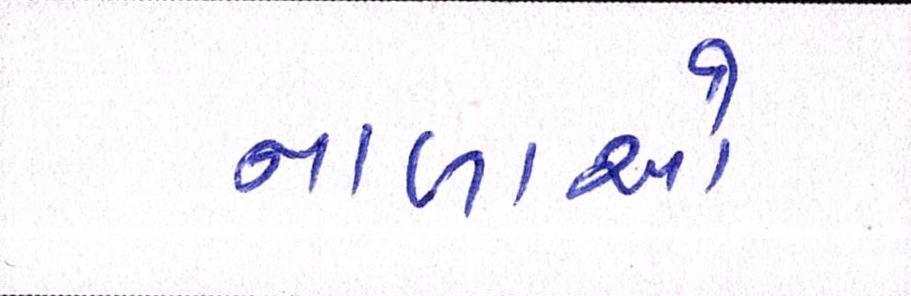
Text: નાળાઓ